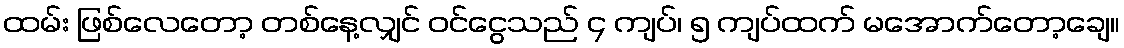
ထမ်း ဖြစ်လေတော့ တစ်နေ့လျှင် ဝင်ငွေသည် ၄ ကျပ်၊ ၅ ကျပ်ထက် မအောက်တော့ချေ။